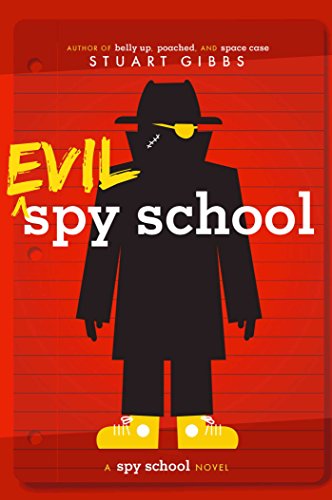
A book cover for Evil Spy School; Stuart Gibbs; Children's Books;